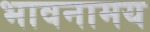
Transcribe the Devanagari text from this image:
भावनामय